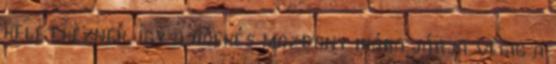
keletkeznek, így a hóekés mozdony hiába járja végig a